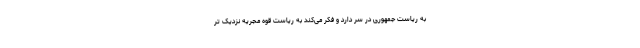
به ریاست جمهوری در سر دارد و فکر می‌کند به ریاست قوه مجریه نزدیک تر